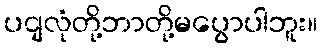
ပငျလုံတို့ဘာတို့မပွောပါဘူး။